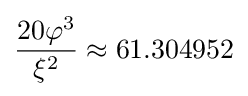
{\frac {20\varphi ^{3}}{\xi ^{2}}}\approx 61.304952